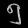
Digit: ၅